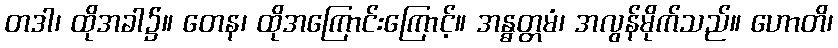
တဒါ၊ ထိုအခါ၌။ တေန၊ ထိုအကြောင်းကြောင့်။ အန္ဓတ္တမံ၊ အလွန်မိုက်သည်။ ဟောတိ၊